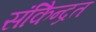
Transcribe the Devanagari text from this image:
संकेिन्द्रत